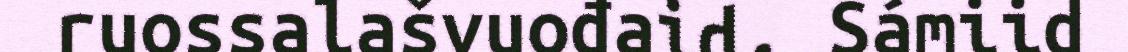
ruossalašvuođaid. Sámiid